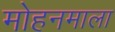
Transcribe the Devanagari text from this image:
मोहनमाला